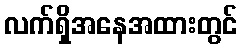
လက်ရှိအနေအထားတွင်